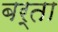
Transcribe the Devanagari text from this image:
बर्ता